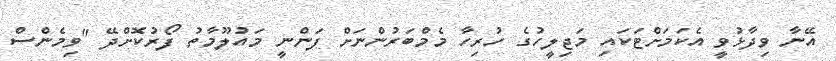
އޭނާ ވިދާޅުވީ އެކަމަށްޓަކައި މަޖިލީހުގެ ހުރިހާ މެމްބަރުންނަށް ފަންނީ މައުލޫމާތު ފޯރުކޮށްދޭ "ވިމެންސް